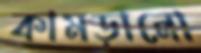
কামড়ানো